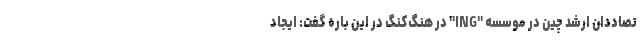
تصاددان ارشد چین در موسسه "ING" در هنگ‌کنگ در این باره گفت: ایجاد